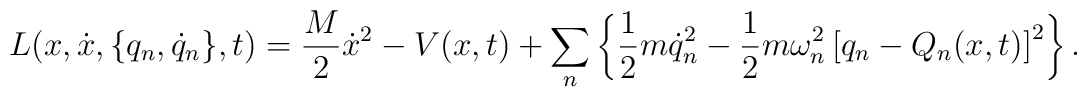
L(x,\dot{x}, \{ q_{n},\dot{q}_{n} \} ,t)=\frac{M}{2}\dot{x}^{2}- V(x,t) + \sum_{n} \left\{ \frac{1}{2}m \dot{q}_{n}^{2}- \frac{1}{2}m \omega_{n}^{2}\left[ q_{n} - Q_{n}(x,t)\right]^{2}\right\} .